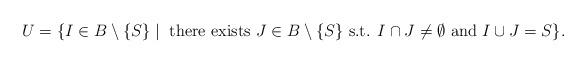
LaTeX: \begin{align*}U=\{I \in B \setminus \{S\} \mid \mbox{ there exists } J \in B \setminus \{S\}\mbox{ s.t. } I \cap J \ne \emptyset \mbox{ and } I \cup J=S\}.\end{align*}